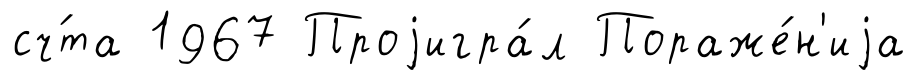
сч́та 1967 Проjигра́л Пораже́н'иjа